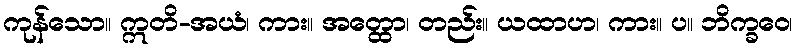
ကုန်သော။ ဣတိ-အယံ၊ ကား။ အတ္ထော၊ တည်း။ ယထာဟ၊ ကား။ ပ။ ဘိက္ခဝေ၊